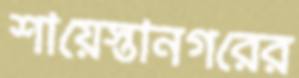
শায়েস্তানগরের